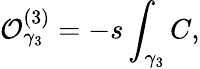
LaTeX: {\cal O}_{\gamma_{3}}^{(3)}=-s\int_{\gamma_{3}}C,